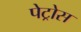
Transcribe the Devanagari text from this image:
पेट्रोस